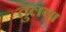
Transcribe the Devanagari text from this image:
तुलवा